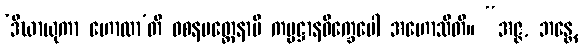
‘ဒီဃာယုကာ ဟောထာ’တိ ဝစနမတ္တေနာပိ ကမ္မဋ္ဌာနဝိက္ခေပေါ အဟောသီတိ။ “အဇ္ဇ, ဘန္တေ,